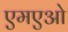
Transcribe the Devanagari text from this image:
एमएओ